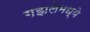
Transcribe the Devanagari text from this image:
गझलेमध्ये